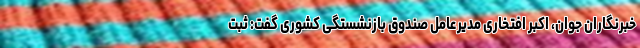
خبرنگاران جوان، اکبر افتخاری مدیرعامل صندوق بازنشستگی کشوری گفت: ثبت